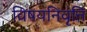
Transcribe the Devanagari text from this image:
विषयनिवृत्ति